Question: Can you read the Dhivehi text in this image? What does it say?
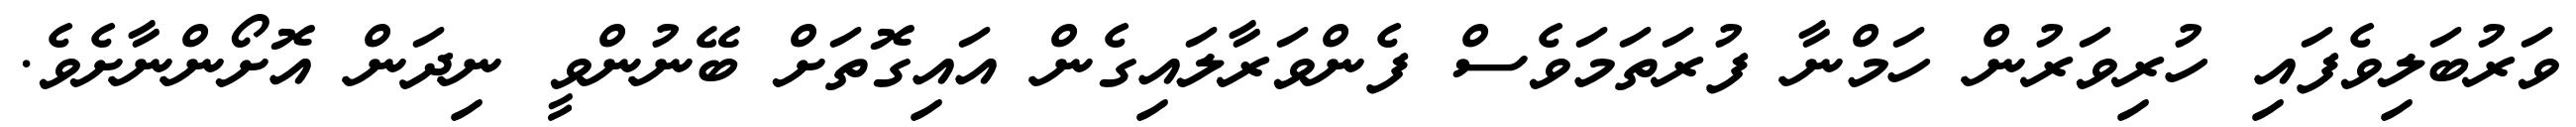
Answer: ވަރުބަލިވެފައި ހުރިވަރުން ހަމްނާ ފުރަތަމަވެސް ފެންވަރާލައިގެން އައިގޮތަށް ބޭނުންވީ ނިދަން އޮށޯންނާށެވެ.